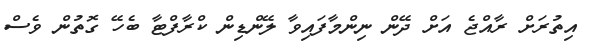
އިތުރަށް ރާއްޖެ އަށް ދޭން ނިންމާފައިވާ ލޭންޑިން ކްރާފްޓާ ބެހޭ ގޮތުން ވެސް